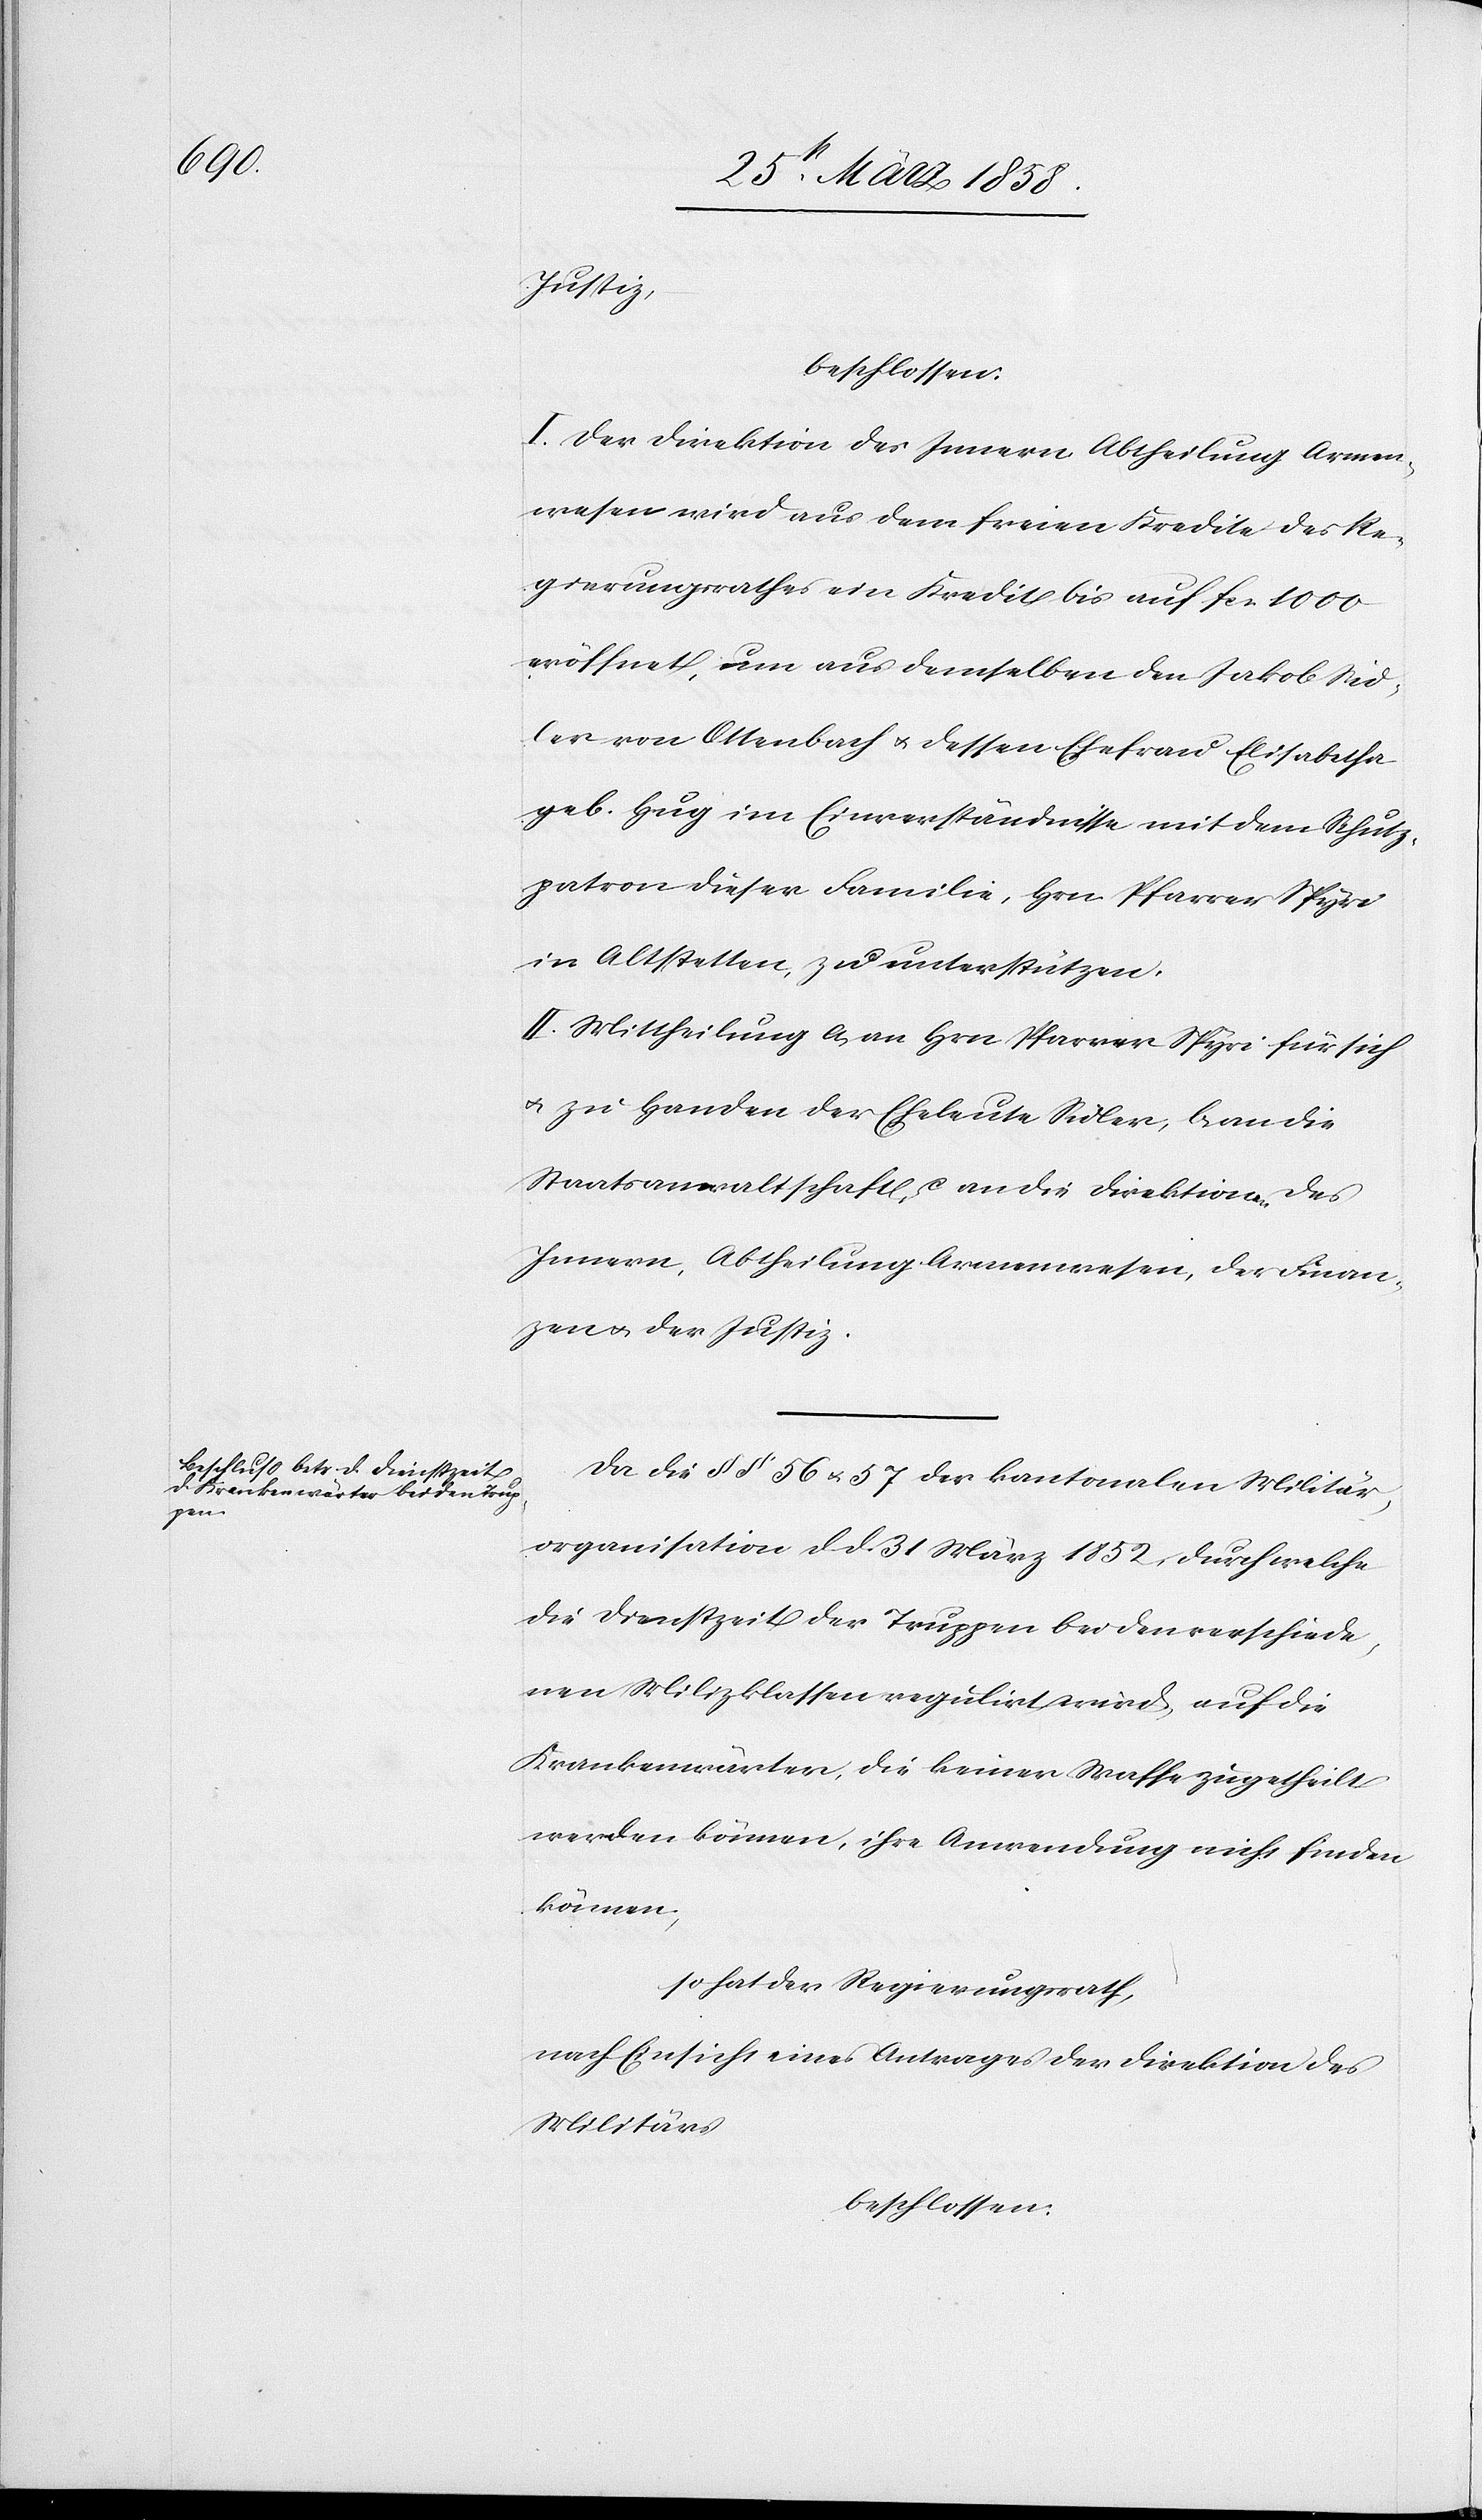
Justiz,
beschlossen:
I. Der Direktion des Innern Abtheilung Armen¬
wesen wird aus dem freien Kredite des Re¬
gierungsrathes ein Kredit bis auf fcs. 1000
eröffnet, um aus demselben den Jakob Sid¬
ler von Ottenbach u. dessen Ehefrau Elisabetha
geb. Hug im Einverständnisse mit dem Schutz¬
patron dieser Familie, Hrn. Pfarrer Spyri
in Altstetten, zu unterstützen.
II. Mittheilung a) an den Hrn. Pfarrer Spyri für sich
u. zu Handen der Eheleute Sidler, b) an die
Staatsanwaltschaft, c) an die Direktion des
Innern, Abtheilung Armenwesen, der Finan¬
zen u. der Justiz.
Da die §§ 56 u. 57 der kantonalen Militär¬
organisation d. d. 31. März 1852 durch welche
die Dienstzeit der Truppen bei den verschiede¬
nen Milizklassen regulirt wird, auf die
Krankenwärter, die keiner Waffe zugetheilt
werden können, ihre Anwendung nicht finden
können,
so hat der Regierungsrath,
nach Einsicht eines Antrages der Direktion des
Militärs
beschlossen: